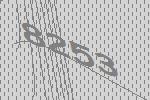
8253